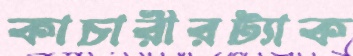
কাচারীরট্যাক